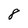
Character: 8